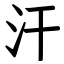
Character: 汗